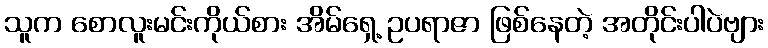
သူက စောလူးမင်းကိုယ်စား အိမ်ရှေ့ ဥပရာဇာ ဖြစ်နေတဲ့ အတိုင်းပါပဲဗျား